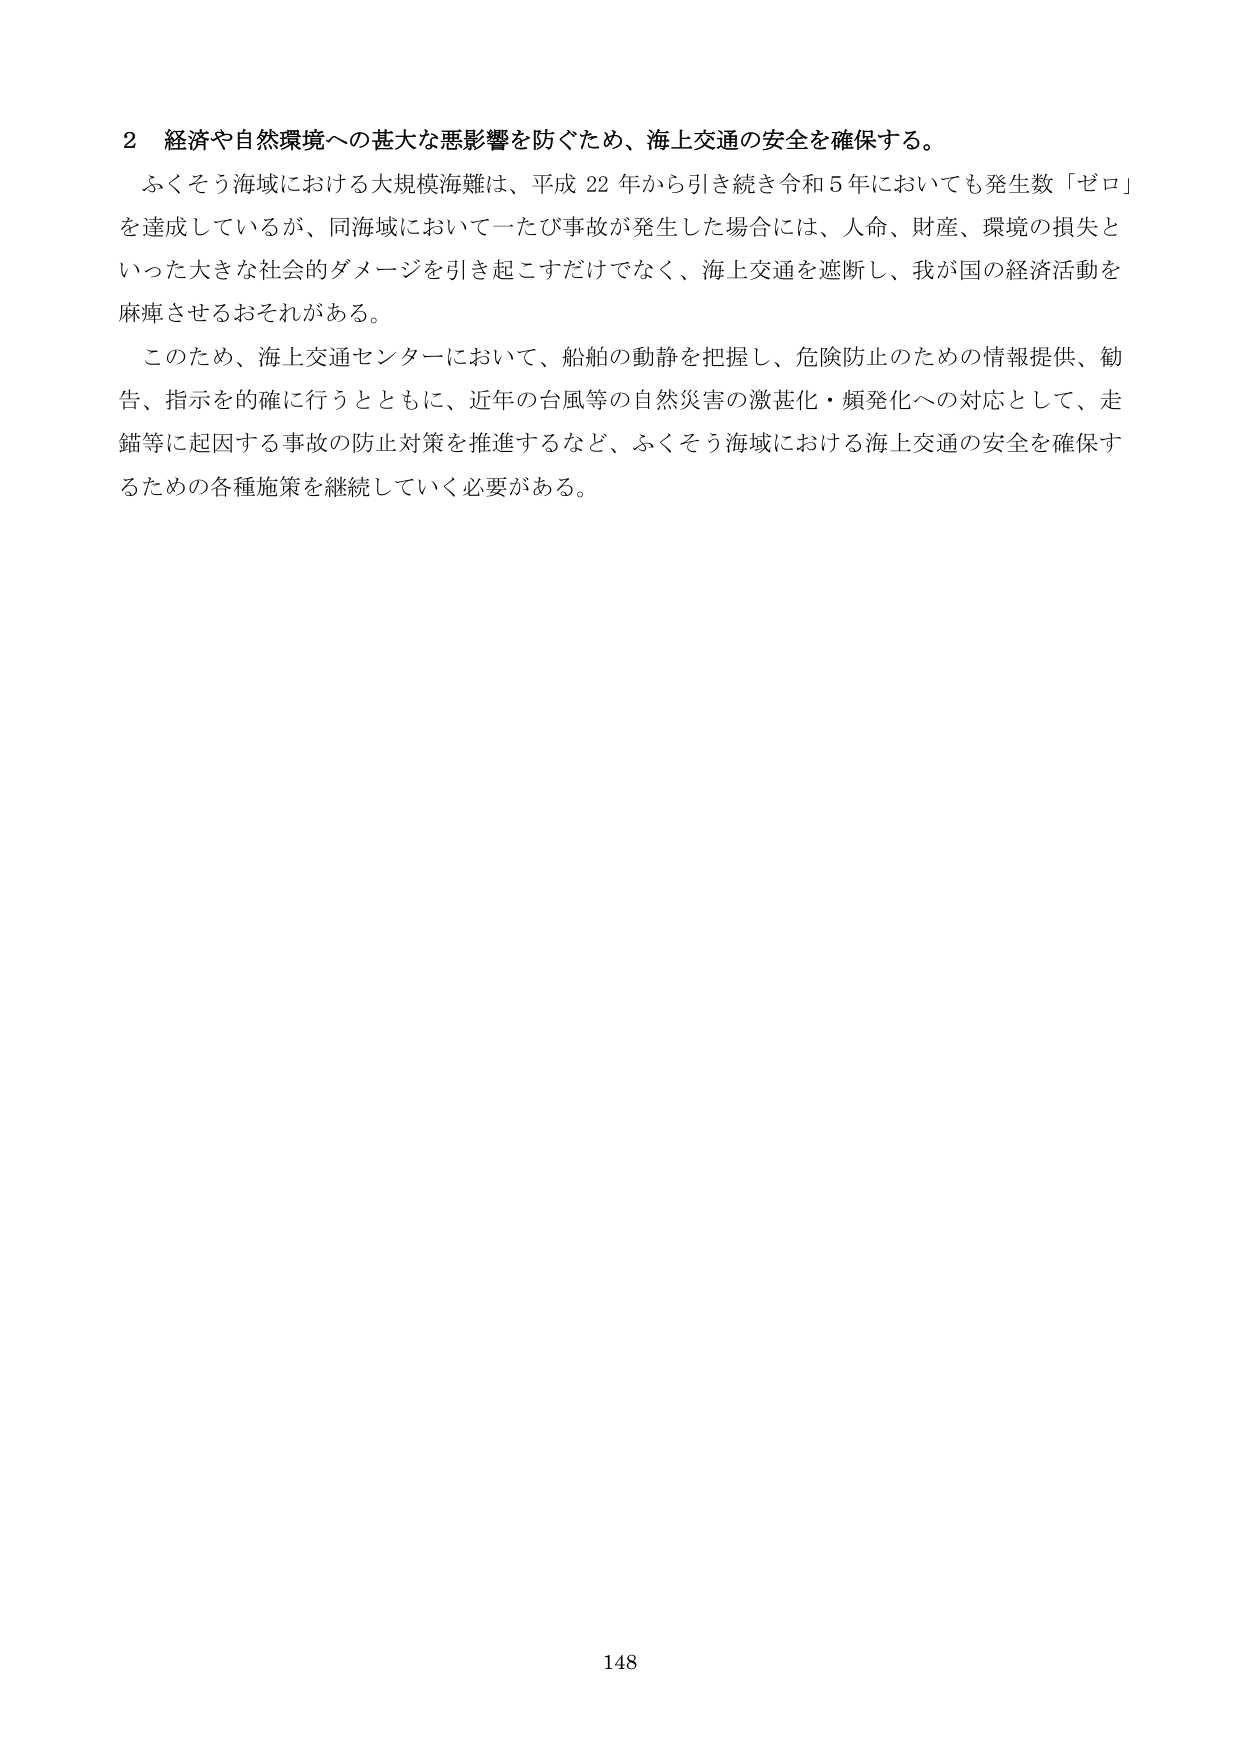
2 経済や自然環境への甚大な悪影響を防ぐため、海上交通の安全を確保する。

ふくそう海域における大規模海難は、平成22年から引き続き令和5年においても発生数「ゼロ」を達成しているが、同海域において一たび事故が発生した場合には、人命、財産、環境の損失といった大きな社会的ダメージを引き起こすだけでなく、海上交通を遮断し、我が国の経済活動を麻痺させるおそれがある。

このため、海上交通センターにおいて、船舶の動静を把握し、危険防止のための情報提供、勧告、指示を的確に行うとともに、近年の台風等の自然災害の激甚化・頻発化への対応として、走錨等に起因する事故の防止対策を推進するなど、ふくそう海域における海上交通の安全を確保するための各種施策を継続していく必要がある。

148